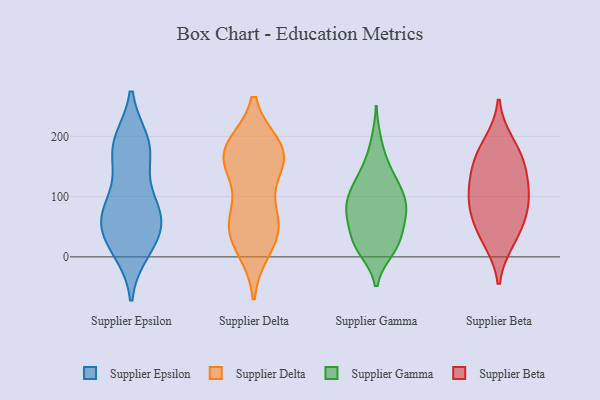
{"axis": {"x": "Demand Index", "y": "Value"}, "legend": ["Supplier Beta", "Supplier Delta", "Supplier Epsilon", "Supplier Gamma"], "data": [{"x": "", "y": 169, "type": "Supplier Epsilon"}, {"x": "", "y": 80, "type": "Supplier Epsilon"}, {"x": "", "y": 89, "type": "Supplier Epsilon"}, {"x": "", "y": 189, "type": "Supplier Epsilon"}, {"x": "", "y": 31, "type": "Supplier Epsilon"}, {"x": "", "y": 79, "type": "Supplier Epsilon"}, {"x": "", "y": 26, "type": "Supplier Epsilon"}, {"x": "", "y": 13, "type": "Supplier Epsilon"}, {"x": "", "y": 56, "type": "Supplier Epsilon"}, {"x": "", "y": 59, "type": "Supplier Epsilon"}, {"x": "", "y": 176, "type": "Supplier Epsilon"}, {"x": "", "y": 186, "type": "Supplier Epsilon"}, {"x": "", "y": 178, "type": "Supplier Delta"}, {"x": "", "y": 170, "type": "Supplier Delta"}, {"x": "", "y": 54, "type": "Supplier Delta"}, {"x": "", "y": 23, "type": "Supplier Delta"}, {"x": "", "y": 179, "type": "Supplier Delta"}, {"x": "", "y": 61, "type": "Supplier Delta"}, {"x": "", "y": 156, "type": "Supplier Delta"}, {"x": "", "y": 65, "type": "Supplier Delta"}, {"x": "", "y": 140, "type": "Supplier Delta"}, {"x": "", "y": 182, "type": "Supplier Delta"}, {"x": "", "y": 165, "type": "Supplier Delta"}, {"x": "", "y": 13, "type": "Supplier Delta"}, {"x": "", "y": 54, "type": "Supplier Delta"}, {"x": "", "y": 140, "type": "Supplier Gamma"}, {"x": "", "y": 14, "type": "Supplier Gamma"}, {"x": "", "y": 101, "type": "Supplier Gamma"}, {"x": "", "y": 81, "type": "Supplier Gamma"}, {"x": "", "y": 71, "type": "Supplier Gamma"}, {"x": "", "y": 85, "type": "Supplier Gamma"}, {"x": "", "y": 115, "type": "Supplier Gamma"}, {"x": "", "y": 99, "type": "Supplier Gamma"}, {"x": "", "y": 69, "type": "Supplier Gamma"}, {"x": "", "y": 56, "type": "Supplier Gamma"}, {"x": "", "y": 11, "type": "Supplier Gamma"}, {"x": "", "y": 89, "type": "Supplier Gamma"}, {"x": "", "y": 17, "type": "Supplier Gamma"}, {"x": "", "y": 46, "type": "Supplier Gamma"}, {"x": "", "y": 19, "type": "Supplier Gamma"}, {"x": "", "y": 127, "type": "Supplier Gamma"}, {"x": "", "y": 33, "type": "Supplier Gamma"}, {"x": "", "y": 191, "type": "Supplier Gamma"}, {"x": "", "y": 149, "type": "Supplier Gamma"}, {"x": "", "y": 98, "type": "Supplier Beta"}, {"x": "", "y": 76, "type": "Supplier Beta"}, {"x": "", "y": 40, "type": "Supplier Beta"}, {"x": "", "y": 189, "type": "Supplier Beta"}, {"x": "", "y": 27, "type": "Supplier Beta"}, {"x": "", "y": 160, "type": "Supplier Beta"}, {"x": "", "y": 130, "type": "Supplier Beta"}, {"x": "", "y": 76, "type": "Supplier Beta"}, {"x": "", "y": 161, "type": "Supplier Beta"}, {"x": "", "y": 113, "type": "Supplier Beta"}]}